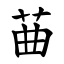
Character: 䒼